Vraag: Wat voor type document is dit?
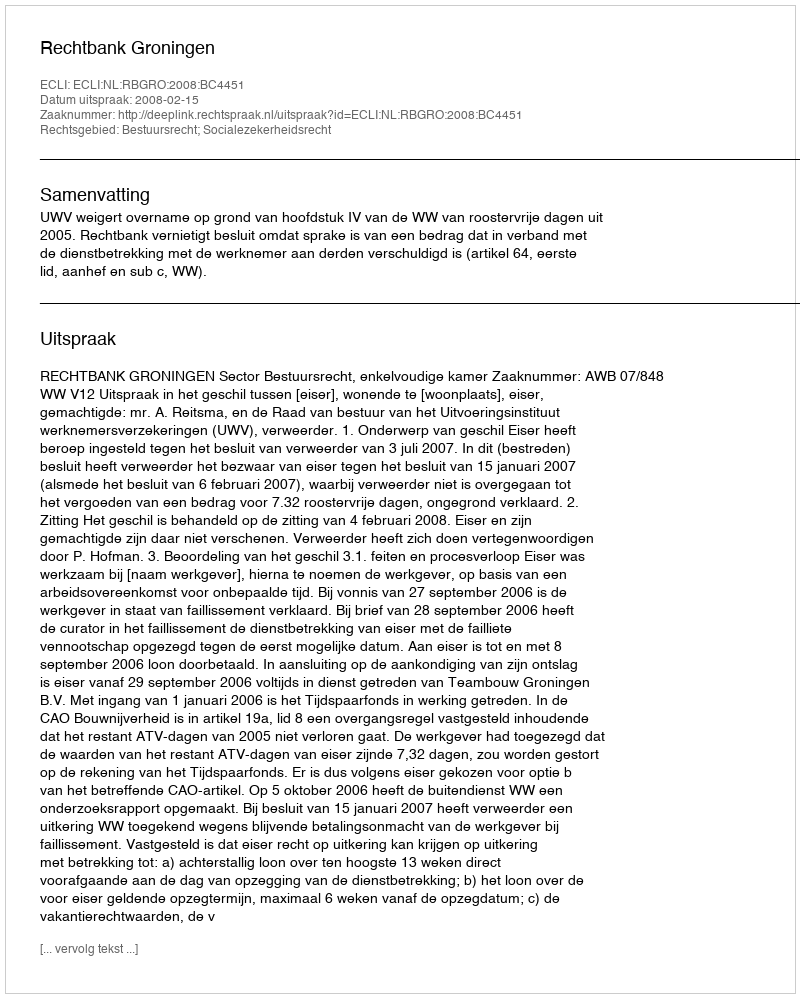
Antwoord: Uitspraak